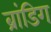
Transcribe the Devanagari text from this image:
ब्रांडिग